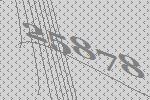
25878